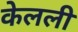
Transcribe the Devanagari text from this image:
केलली